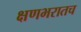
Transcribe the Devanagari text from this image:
क्षणभरातच